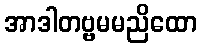
အာဒါတဗ္ဗမမညိထော